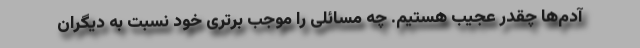
آدم‌ها چقدر عجیب هستیم. چه مسائلی را موجب برتری خود نسبت به دیگران